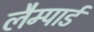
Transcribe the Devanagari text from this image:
लैम्पार्ड